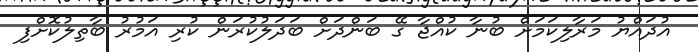
އުދައްޔު މަރާލިކަމަށް ބުނާ ކުއްޖާ ގޭ ބަންދަށް ބަދަލުކުރަން ކުރި އަމުރު ބާތިލުކޮށްފި